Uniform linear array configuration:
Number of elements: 32
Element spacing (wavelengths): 1
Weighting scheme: blackman
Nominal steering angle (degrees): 30
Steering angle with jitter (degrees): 29.5
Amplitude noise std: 0.05
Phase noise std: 0.05

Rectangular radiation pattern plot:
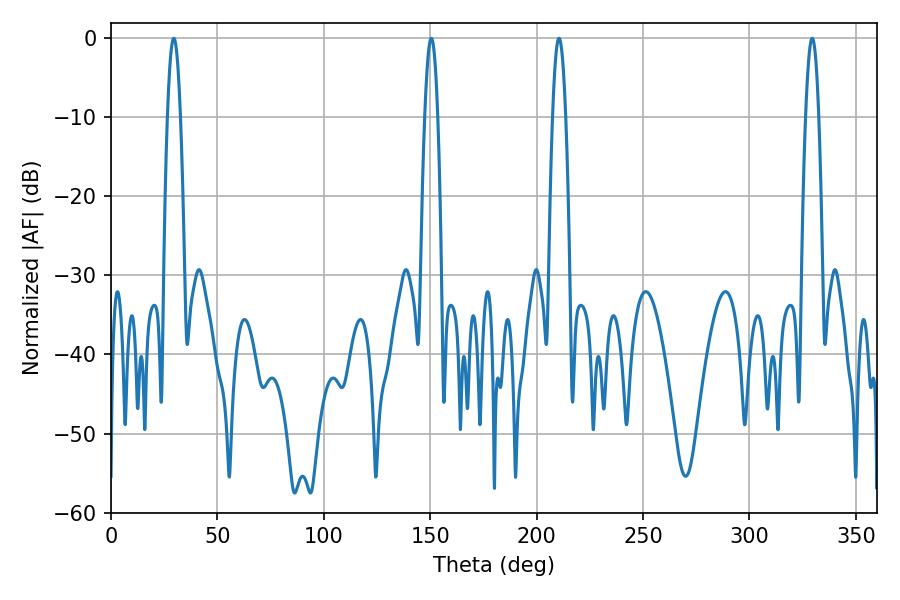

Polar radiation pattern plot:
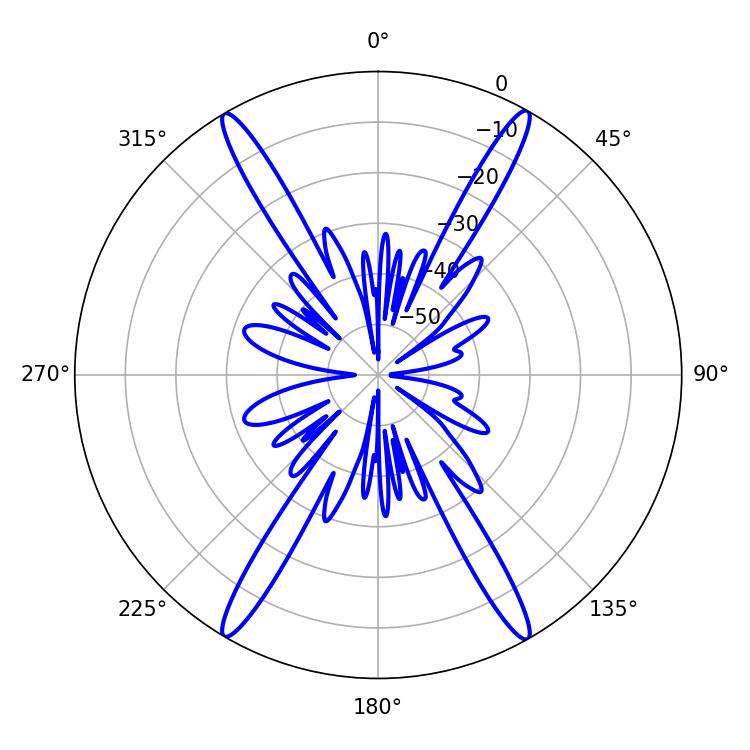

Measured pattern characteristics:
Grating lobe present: TRUE
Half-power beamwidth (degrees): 3.24
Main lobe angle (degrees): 29.52